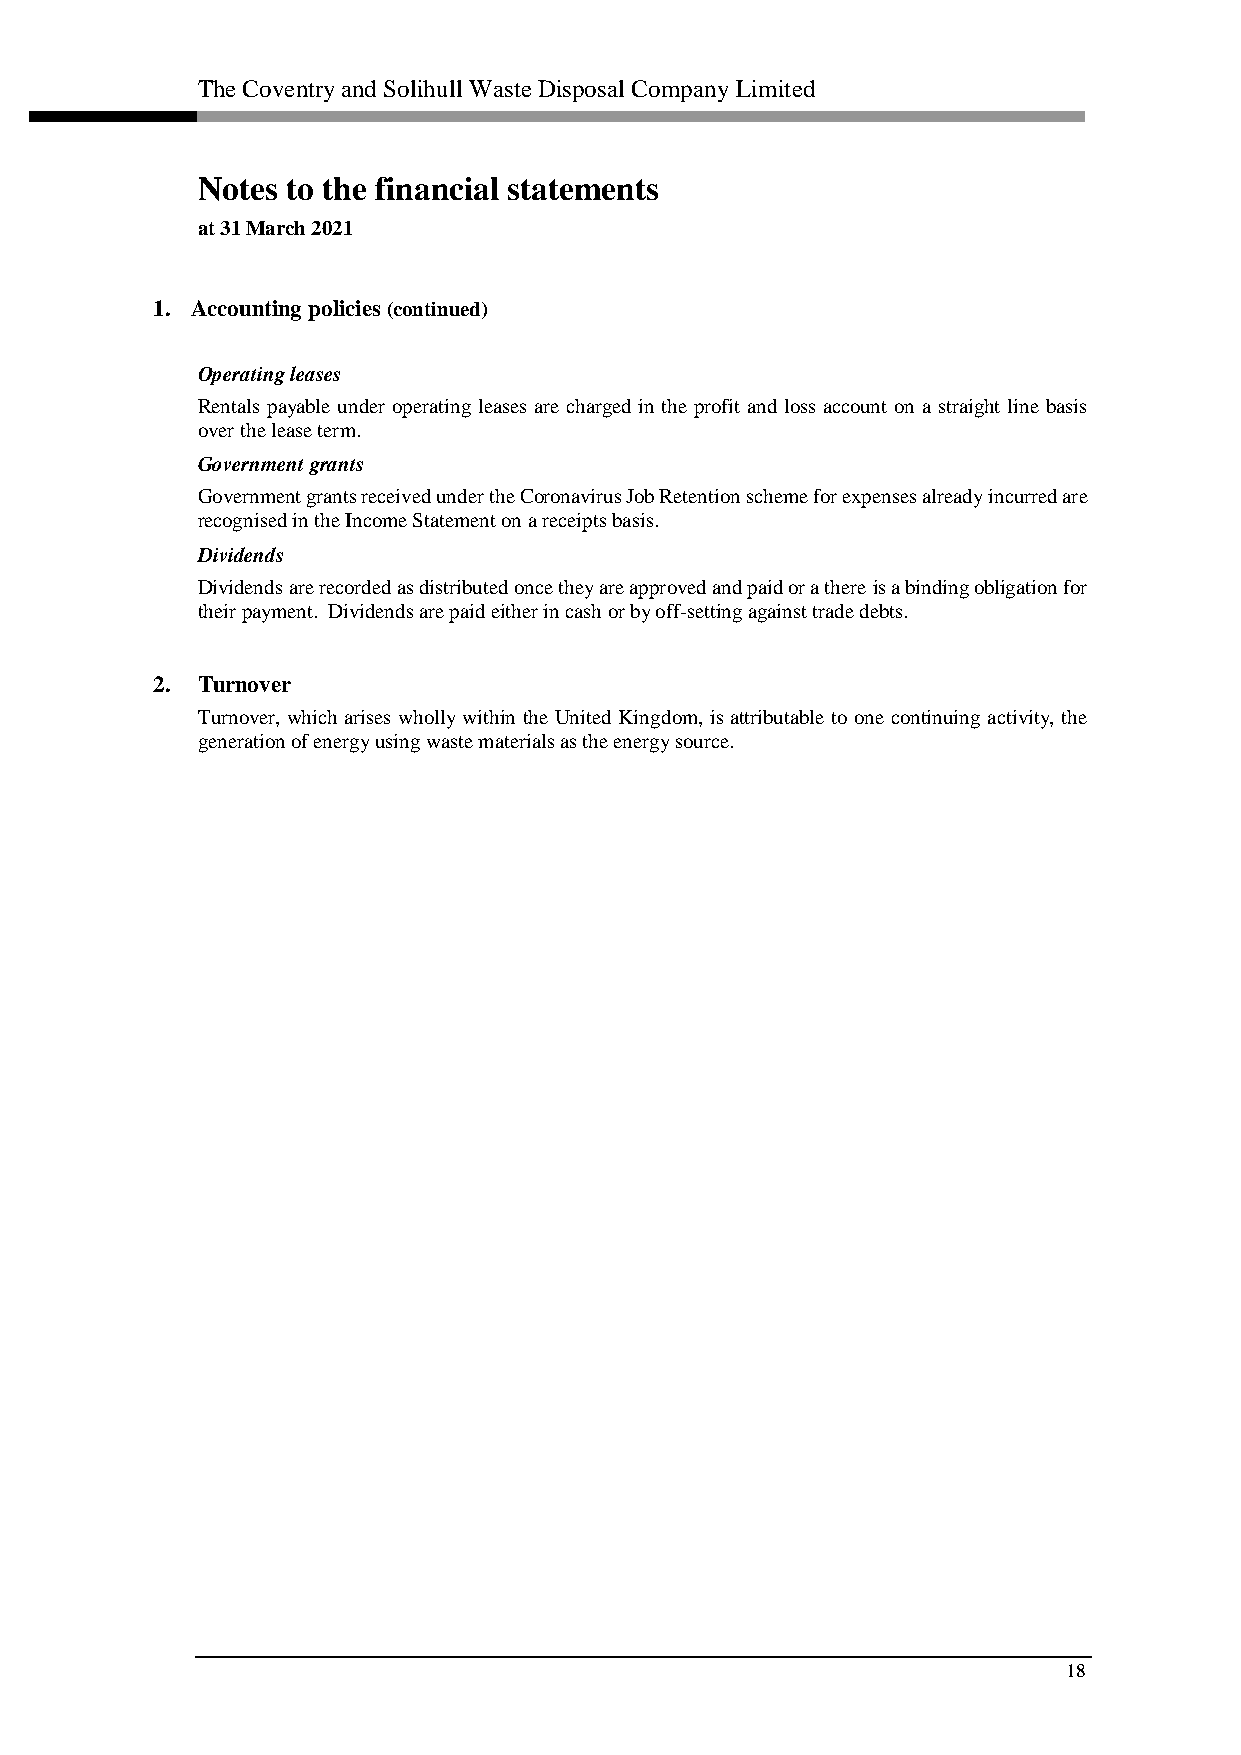
The Coventry and Solihull Waste Disposal Company Limited
 Notes to the financial statements
 at 31 March 2021
 1. Accounting policies (continued)
 Operating leases
 Rentals payable under operating leases are charged in the profit and loss account on a straight line basis
 over the lease term.
 Government grants
 Government grants received under the Coronavirus Job Retention scheme for expenses already incurred are
 recognised in the Income Statement on a receipts basis.
 Dividends
 Dividends are recorded as distributed once they are approved and paid or a there is a binding obligation for
 their payment. Dividends are paid either in cash or by off-setting against trade debts.
 2. Turnover
 Turnover, which arises wholly within the United Kingdom, is attributable to one continuing activity, the
 generation of energy using waste materials as the energy source.
 18